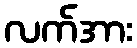
လက်အား